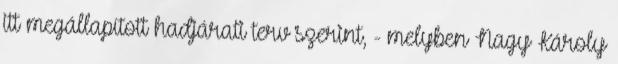
itt megállapított hadjárati terv szerint, - melyben Nagy Károly